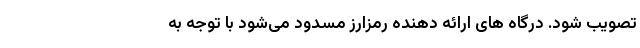
تصویب شود. درگاه ‌های ارائه‌ دهنده رمزارز مسدود می‌شود با توجه به